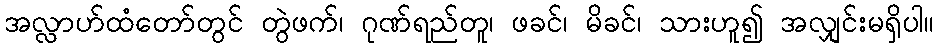
အလ္လာဟ်ထံတော်တွင် တွဲဖက်၊ ဂုဏ်ရည်တူ၊ ဖခင်၊ မိခင်၊ သားဟူ၍ အလျှင်းမရှိပါ။